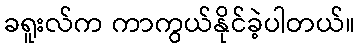
ခရူးလ်က ကာကွယ်နိုင်ခဲ့ပါတယ်။